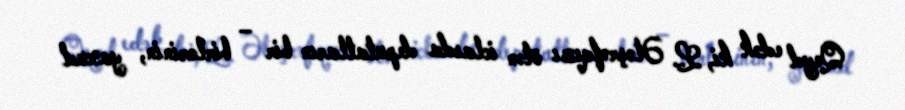
Qeyd edək ki, L. Ələşrəfqızı ötən iclasda deputatların bir – birlərinin, yaxud